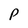
Character: P